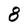
Character: 8